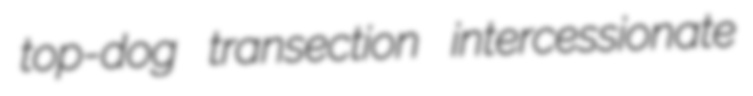
top-dog transection intercessionate